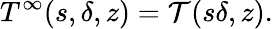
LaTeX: T^{\infty}(s,\delta,z)={\cal T}(s\delta,z).